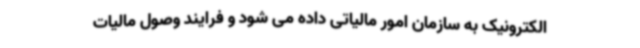
الکترونیک به سازمان امور مالیاتی داده می شود و فرایند وصول مالیات